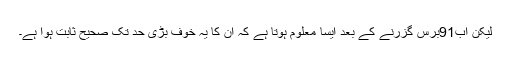
لیکن اب91برس گزرنے کے بعد ایسا معلوم ہوتا ہے کہ ان کا یہ خوف بڑی حد تک صحیح ثابت ہوا ہے۔